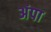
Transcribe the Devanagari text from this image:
अंपा